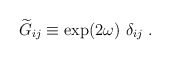
\begin{align*}{\widetilde G}_{ij}\equiv \exp(2\omega)~\delta_{ij}~.\end{align*}